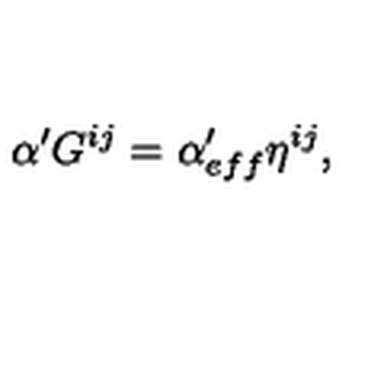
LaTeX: \alpha ^ { \prime } G ^ { i j } = \alpha _ { e f f } ^ { \prime } \eta ^ { i j } ,